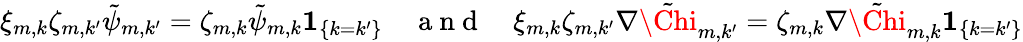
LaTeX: \begin{array}{r}{\xi_{m,k}\zeta_{m,k^{\prime}}\tilde{\psi}_{m,k^{\prime}}=\zeta_{m,k}\tilde{\psi}_{m,k}{\mathbf{1}}_{\{ k=k^{\prime}\} }\quad\mathrm{~a~n~d~}\quad\xi_{m,k}\zeta_{m,k^{\prime}}\nabla\tilde{\Chi}_{m,k^{\prime}}=\zeta_{m,k}\nabla\tilde{\Chi}_{m,k}{\mathbf{1}}_{\{ k=k^{\prime}\} }}\end{array}